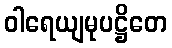
ဝါရေယျမုပဋ္ဌိတေ